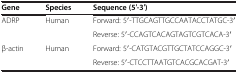
<table><thead><tr><td><b>Gene</b></td><td><b>Species</b></td><td><b>Sequence (5′-3′)</b></td></tr></thead><tbody><tr><td rowspan="2">ADRP</td><td rowspan="2">Human</td><td>Forward: 5′-TTGCAGTTGCCAATACCTATGC-3′</td></tr><tr><td>Reverse: 5′-CCAGTCACAGTAGTCGTCACA-3′</td></tr><tr><td rowspan="2">β-actin</td><td rowspan="2">Human</td><td>Forward: 5′-CATGTACGTTGCTATCCAGGC-3′</td></tr><tr><td>Reverse: 5′-CTCCTTAATGTCACGCACGAT-3′</td></tr></tbody></table>